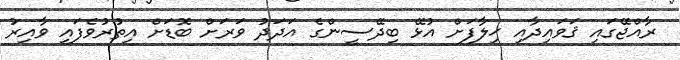
ރާއްޖޭގައި ޤަވައިދާއި ޚިލާފަށް އުޅޭ ބިދޭސީންގެ އަދަދު ވަރަށް ބޮޑަށް އިތުރުވެފައި ވާއިރު